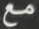
مع